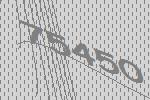
75450